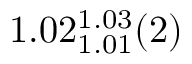
1 . 0 2 _ { 1 . 0 1 } ^ { 1 . 0 3 } ( 2 )